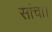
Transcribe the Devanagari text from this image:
सांचा।